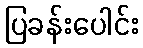
ပြခန်းပေါင်း